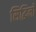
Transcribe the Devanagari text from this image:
सिद्धिनो